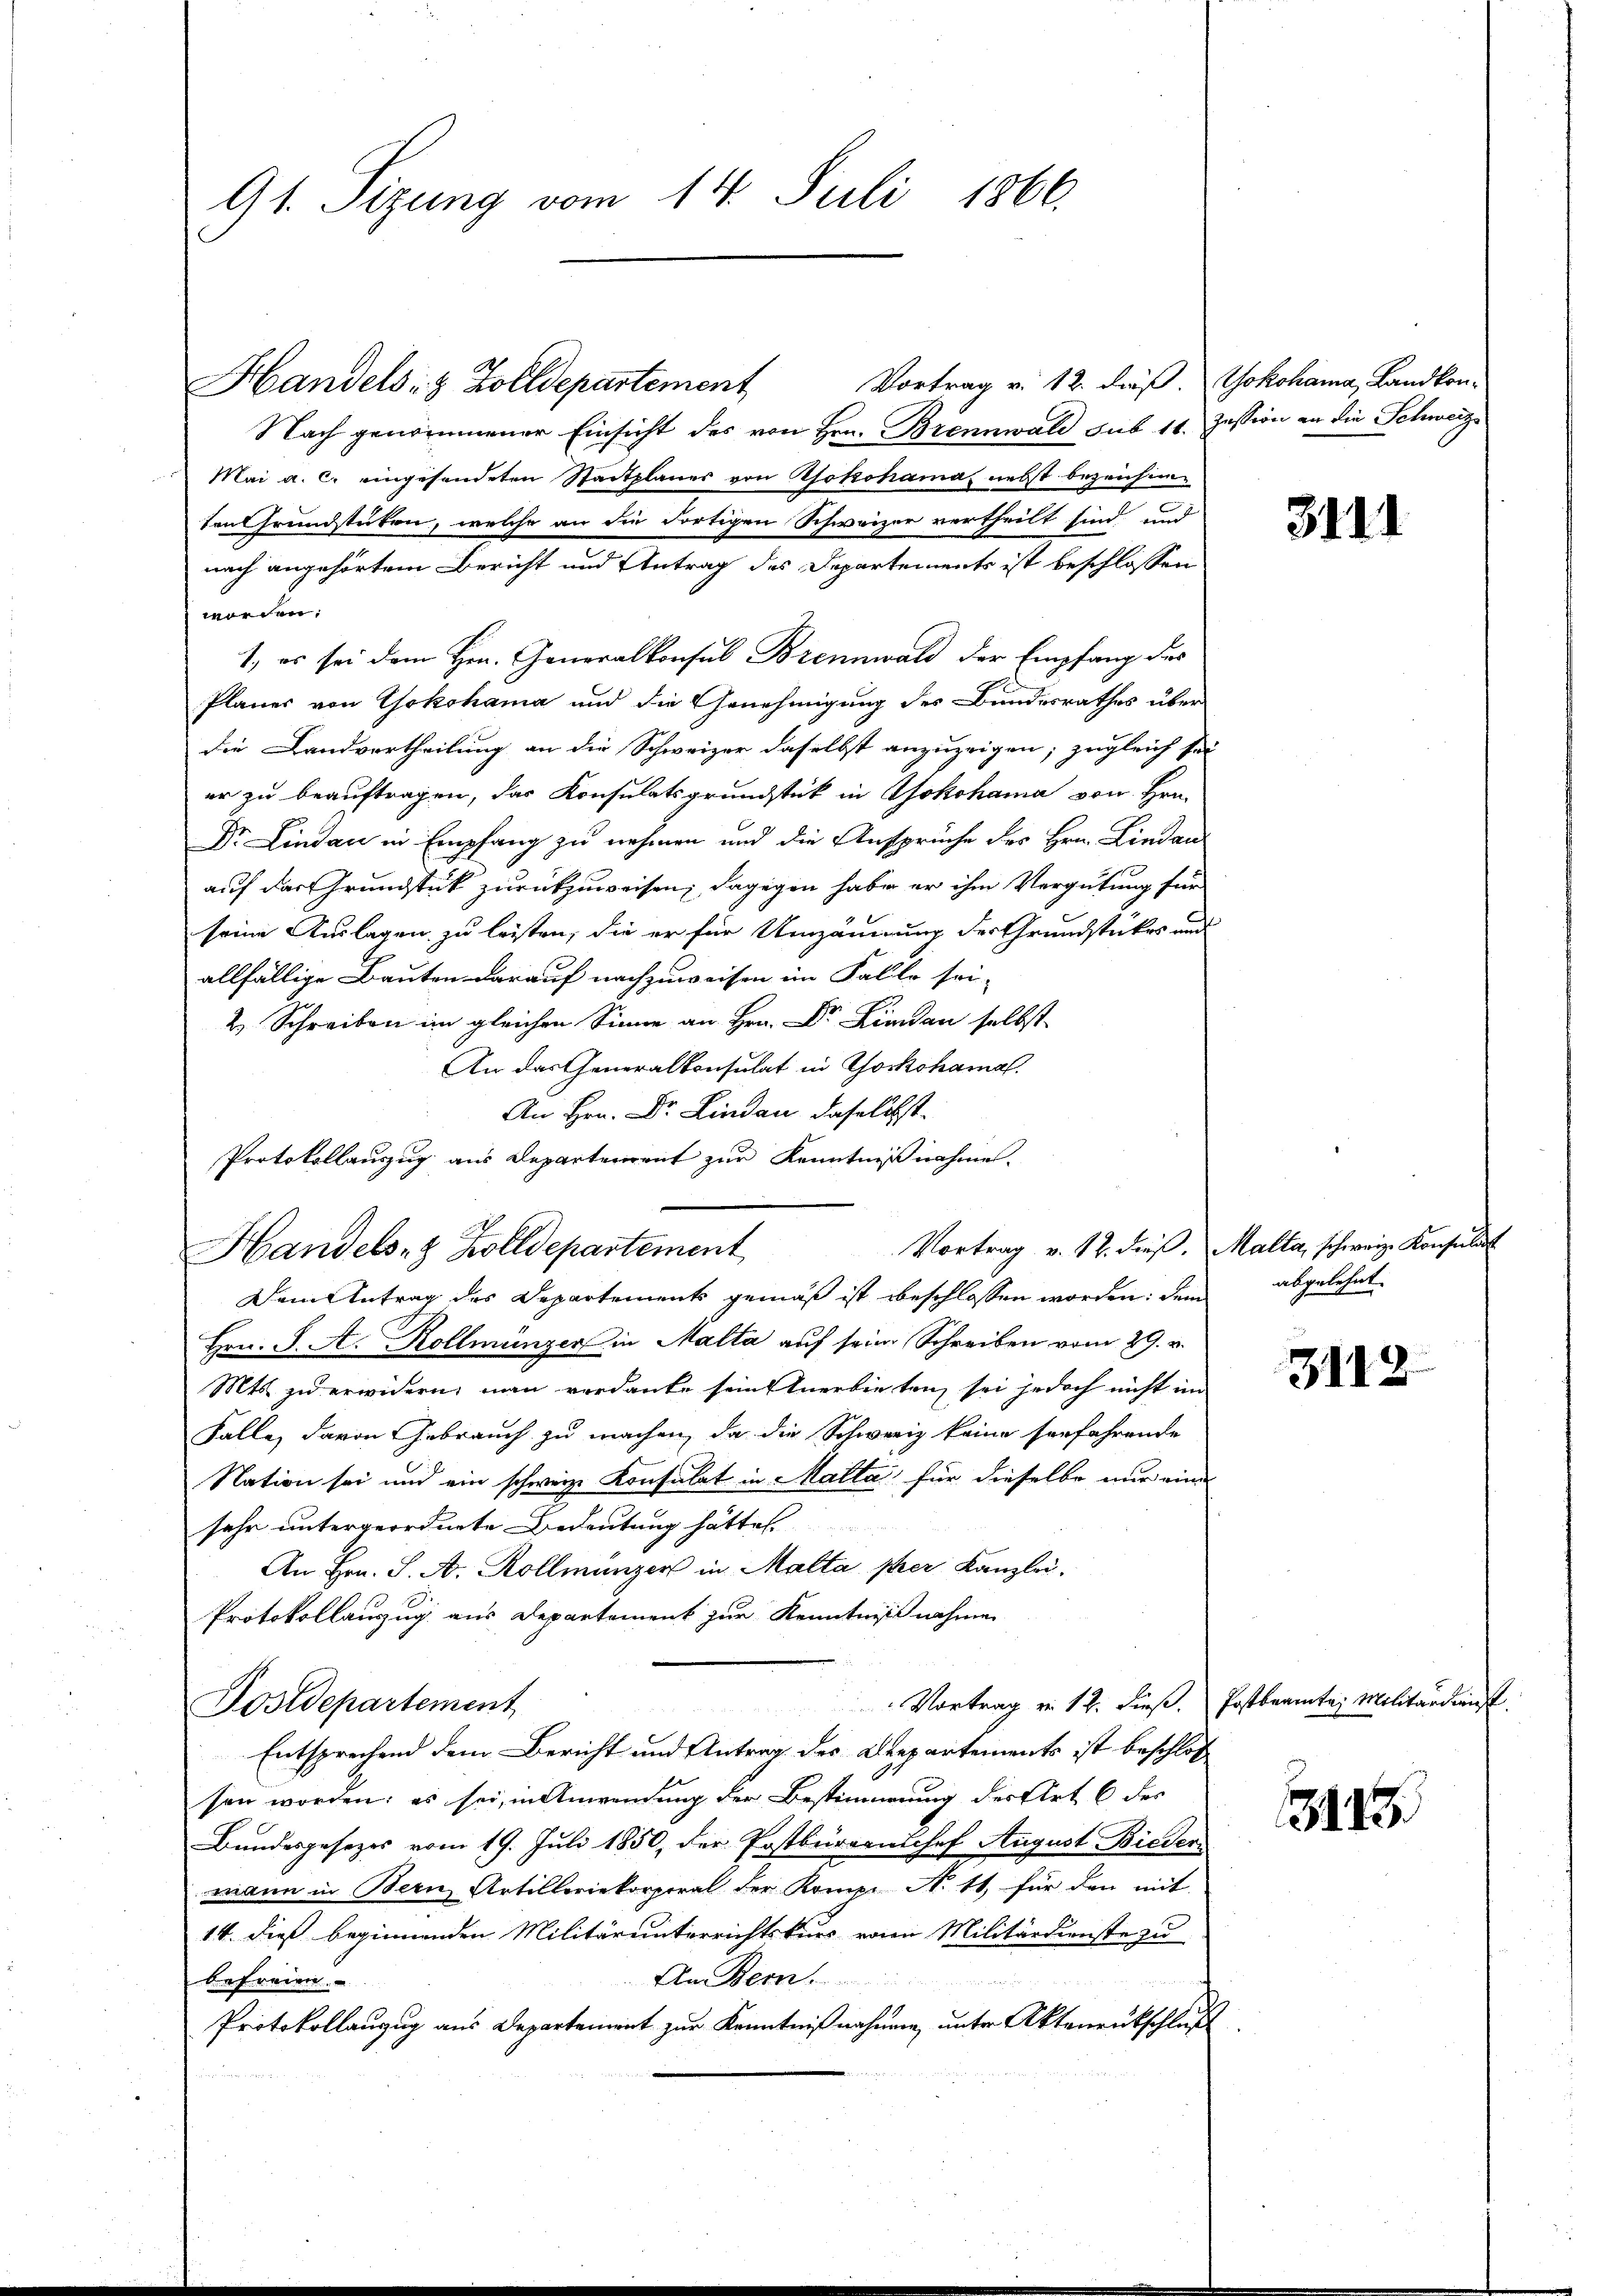
91. Sizung vom 14. Juli 1866.

Vortrag v. 12. daß. Yokohama, Landkon-
Nach genommener Einsicht des von Hrn. Brennwald sub 14. Zession an die Schweiz
Mai a. c. eingesendeten Stadtplaner von Aokohama nebst bezeichne
ten Grundstücken, welche an die dortigen Schweizer vertheilt sind und
worden;
1., es sei dem Hrn. Generalkonsul Brennwald der Empfang des
Planes von Yokohama und die Genehmigung des Bundesrathes über
die Landvertheilung an die Schweizer daselbst anzuzeigen; zugleich sei
er zu beauftragen, das Konsulatsgrundstück in Yokohama von Hrn.
Dr. Lindau in Empfang zu nehmen und die Ansprüche des Hrn. Lindau
auf das Grundstück zurückzuweisen; dagegen habe er ihm Vergütung für
seine Auslagen zu leisten, die er für Umzäumung der Grundstückes und
allfällige Bauten darauf nachzuweisen im Fallo sei-
.
An das Generalkonsulat in Yokohamal
An Hrn. Dr. Linden daselbst.
Protokollauszug aus Departerrent zur Kenntnißnahme.
Vortrag v. 12. dieß, Malta, schweiz. Konsulat
Handels- & Zolldepartement
Dem Antrag des Departements gemäß ist beschlossen worden: dem
Hrn. J. A. Kollmänger in Malta auf seine Schreiben vom 29. v.
Mts. zu erwidern, man verdanke sein Anerbieten, sei jedoch nicht im
Falle, davon Gebrauch zu machen, da die Schweiz keine serfahrende
Nation sei und ein schweiz. Konsulat in Malta für dieselbe nur eine
sehr untergeordnete Bedeutung hätte.
An Hrn. S. A. Kollmanzer in Malta per Kanzlei.
Protokollauszug aus Departement zur Kenntnißnahmen
Vortrag von 12. dieß. Postbeamte Militärdienst
Postdepartement
Entsprechend dem Bericht und Antrag des Departements ist beschloß
sen worden; es sei, in Anwendung der Bestimmung der Art 6 des
Bundesgesezes vom 19. Juli 1850, der Postbürernsef August Biedermann in Bern Artilleriekorporal der Komp. N. 11, für den mit
14. dieß beginnenden Militärunterrichtskurs von Militärdienste zu
An Bern.
befreien.
Protokollanzug aus Departement zur Kenntnißnahmen, unter Aktenrutschluß

Handels- & Zolldepartement

nach angehörtem Bericht und Antrag des Departements ist beschlossen

3111

abgelehnt.

3118

3143.